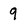
Character: 9